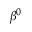
\beta ^ { 0 }